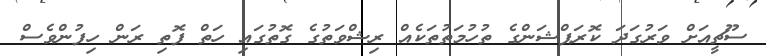
ސޫޗީއަށް ވަރުގަދަ ކޮރަޕްޝަންގެ ތުހުމަތުތަކެއް ރިޝްވަތުގެ ގޮތުގައި ހަތް ފޮތި ރަން ހިފުންވެސް